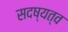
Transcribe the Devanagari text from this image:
सदष्यत्व